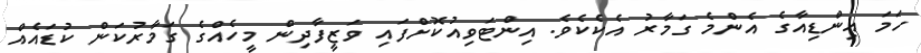
ހަމަ އިންޑިއާގެ އެންމެ ގަމާރު އެކެކެވެ. އިންޓަވިއުކޮށްފައި ވަޒީފާދިން މީހެއްގެ ގަމާރުކަން ކުޑައެއް